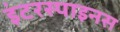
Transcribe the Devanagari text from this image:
इंटरस्पाइनस